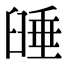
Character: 𦥻